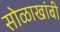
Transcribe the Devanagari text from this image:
सोळाखांबी